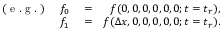
\begin{array} { r l r } { \mathrm { ~ ( ~ e ~ . ~ g ~ . ~ ) ~ } \ \ \ f _ { 0 } } & { { } = } & { f ( 0 , 0 , 0 , 0 , 0 , 0 ; t = t _ { r } ) , } \\ { f _ { 1 } } & { { } = } & { f ( \Delta x , 0 , 0 , 0 , 0 , 0 ; t = t _ { r } ) . } \end{array}